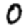
Digit: 0